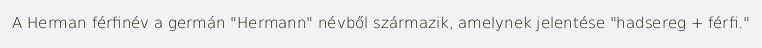
A Herman férfinév a germán "Hermann" névből származik, amelynek jelentése "hadsereg + férfi."